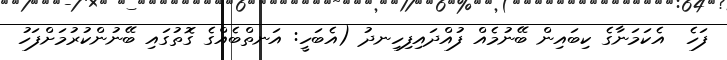
ފަހެ  އެކަމަނާގެ ކިބައިން ބޭނުމެއް ފުއްދައިފިހިނދު (އެބަހީ: އަނތްބެއްގެ ގޮތުގައި ބޭނުންކުރުމަށްފަހު